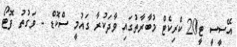
އޭސީސީ ޓީ20 ކްރިކެޓް މުބާރާތުގައި ވާދަކުރާ ގައުމީ ސްކޮޑް - ވަގުތު ފޮޓޯ